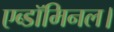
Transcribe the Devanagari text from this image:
एब्डॉमिनल।